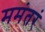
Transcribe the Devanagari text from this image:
ममंतरं